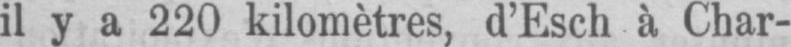
il y a 220 kilomètres, d’Esch à Char-